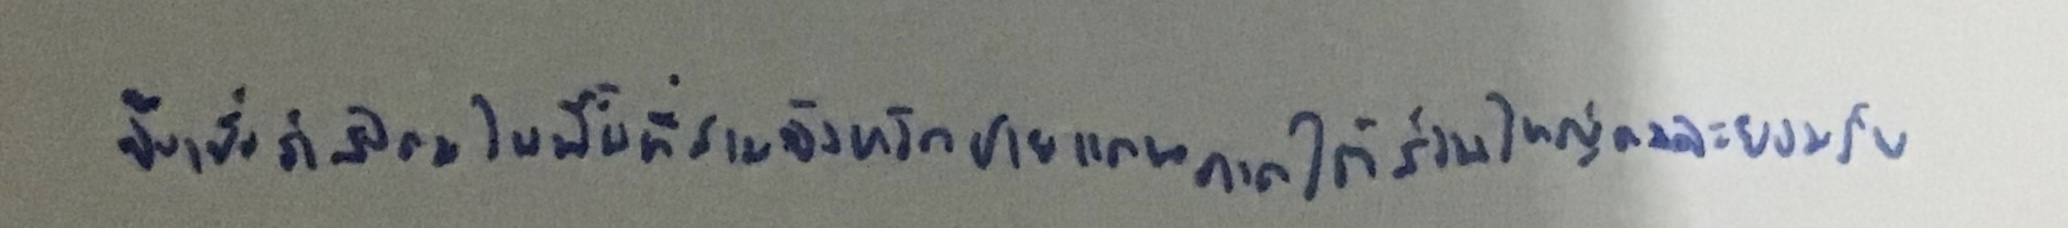
จึงเชื่อว่าสังคมในพื้นที่สามจังหวัดชายแดนภาคใต้ส่วนใหญ่คงจะยอมรับ